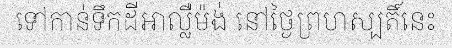
ទៅកាន់ទឹកដីអាល្លឺម៉ង់ នៅថ្ងៃព្រហស្បតិ៍នេះ